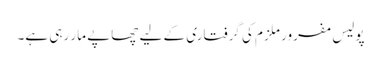
پولیس مفرور ملزم کی گرفتاری کے لیے چھاپے مار رہی ہے۔